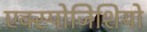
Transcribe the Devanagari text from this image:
एक्स्पोजिशियो